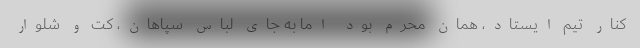
کنار تیم ایستاد، همان مُحرم بود اما به جای لباس سپاهان، کت و شلوار